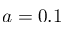
a = 0 . 1